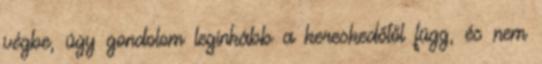
végbe, úgy gondolom leginkább a kereskedőtől függ, és nem